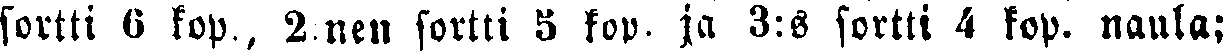
sortti 6 kop,, 2:nen sortti 5 kop. ja 3:s sortti 4 kop. naula;